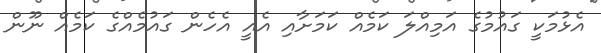
އެޅުމަކީ ގައުމުގެ އަމިއްލަ ކަމެއް ކަމަށާއި އެއީ އެހެން ގައުމެއްގެ ކަމެއް ނޫން